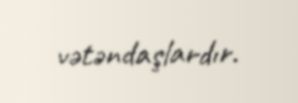
vətəndaşlardır.